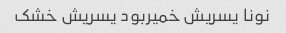
نونا یسریش خمیربود یسریش خشک